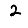
Digit: 2